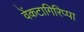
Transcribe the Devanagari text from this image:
वेंकटागिरिप्पा